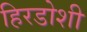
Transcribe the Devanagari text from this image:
हिरडोशी